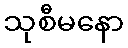
သုစီမနော